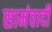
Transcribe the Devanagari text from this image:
सामंवादी